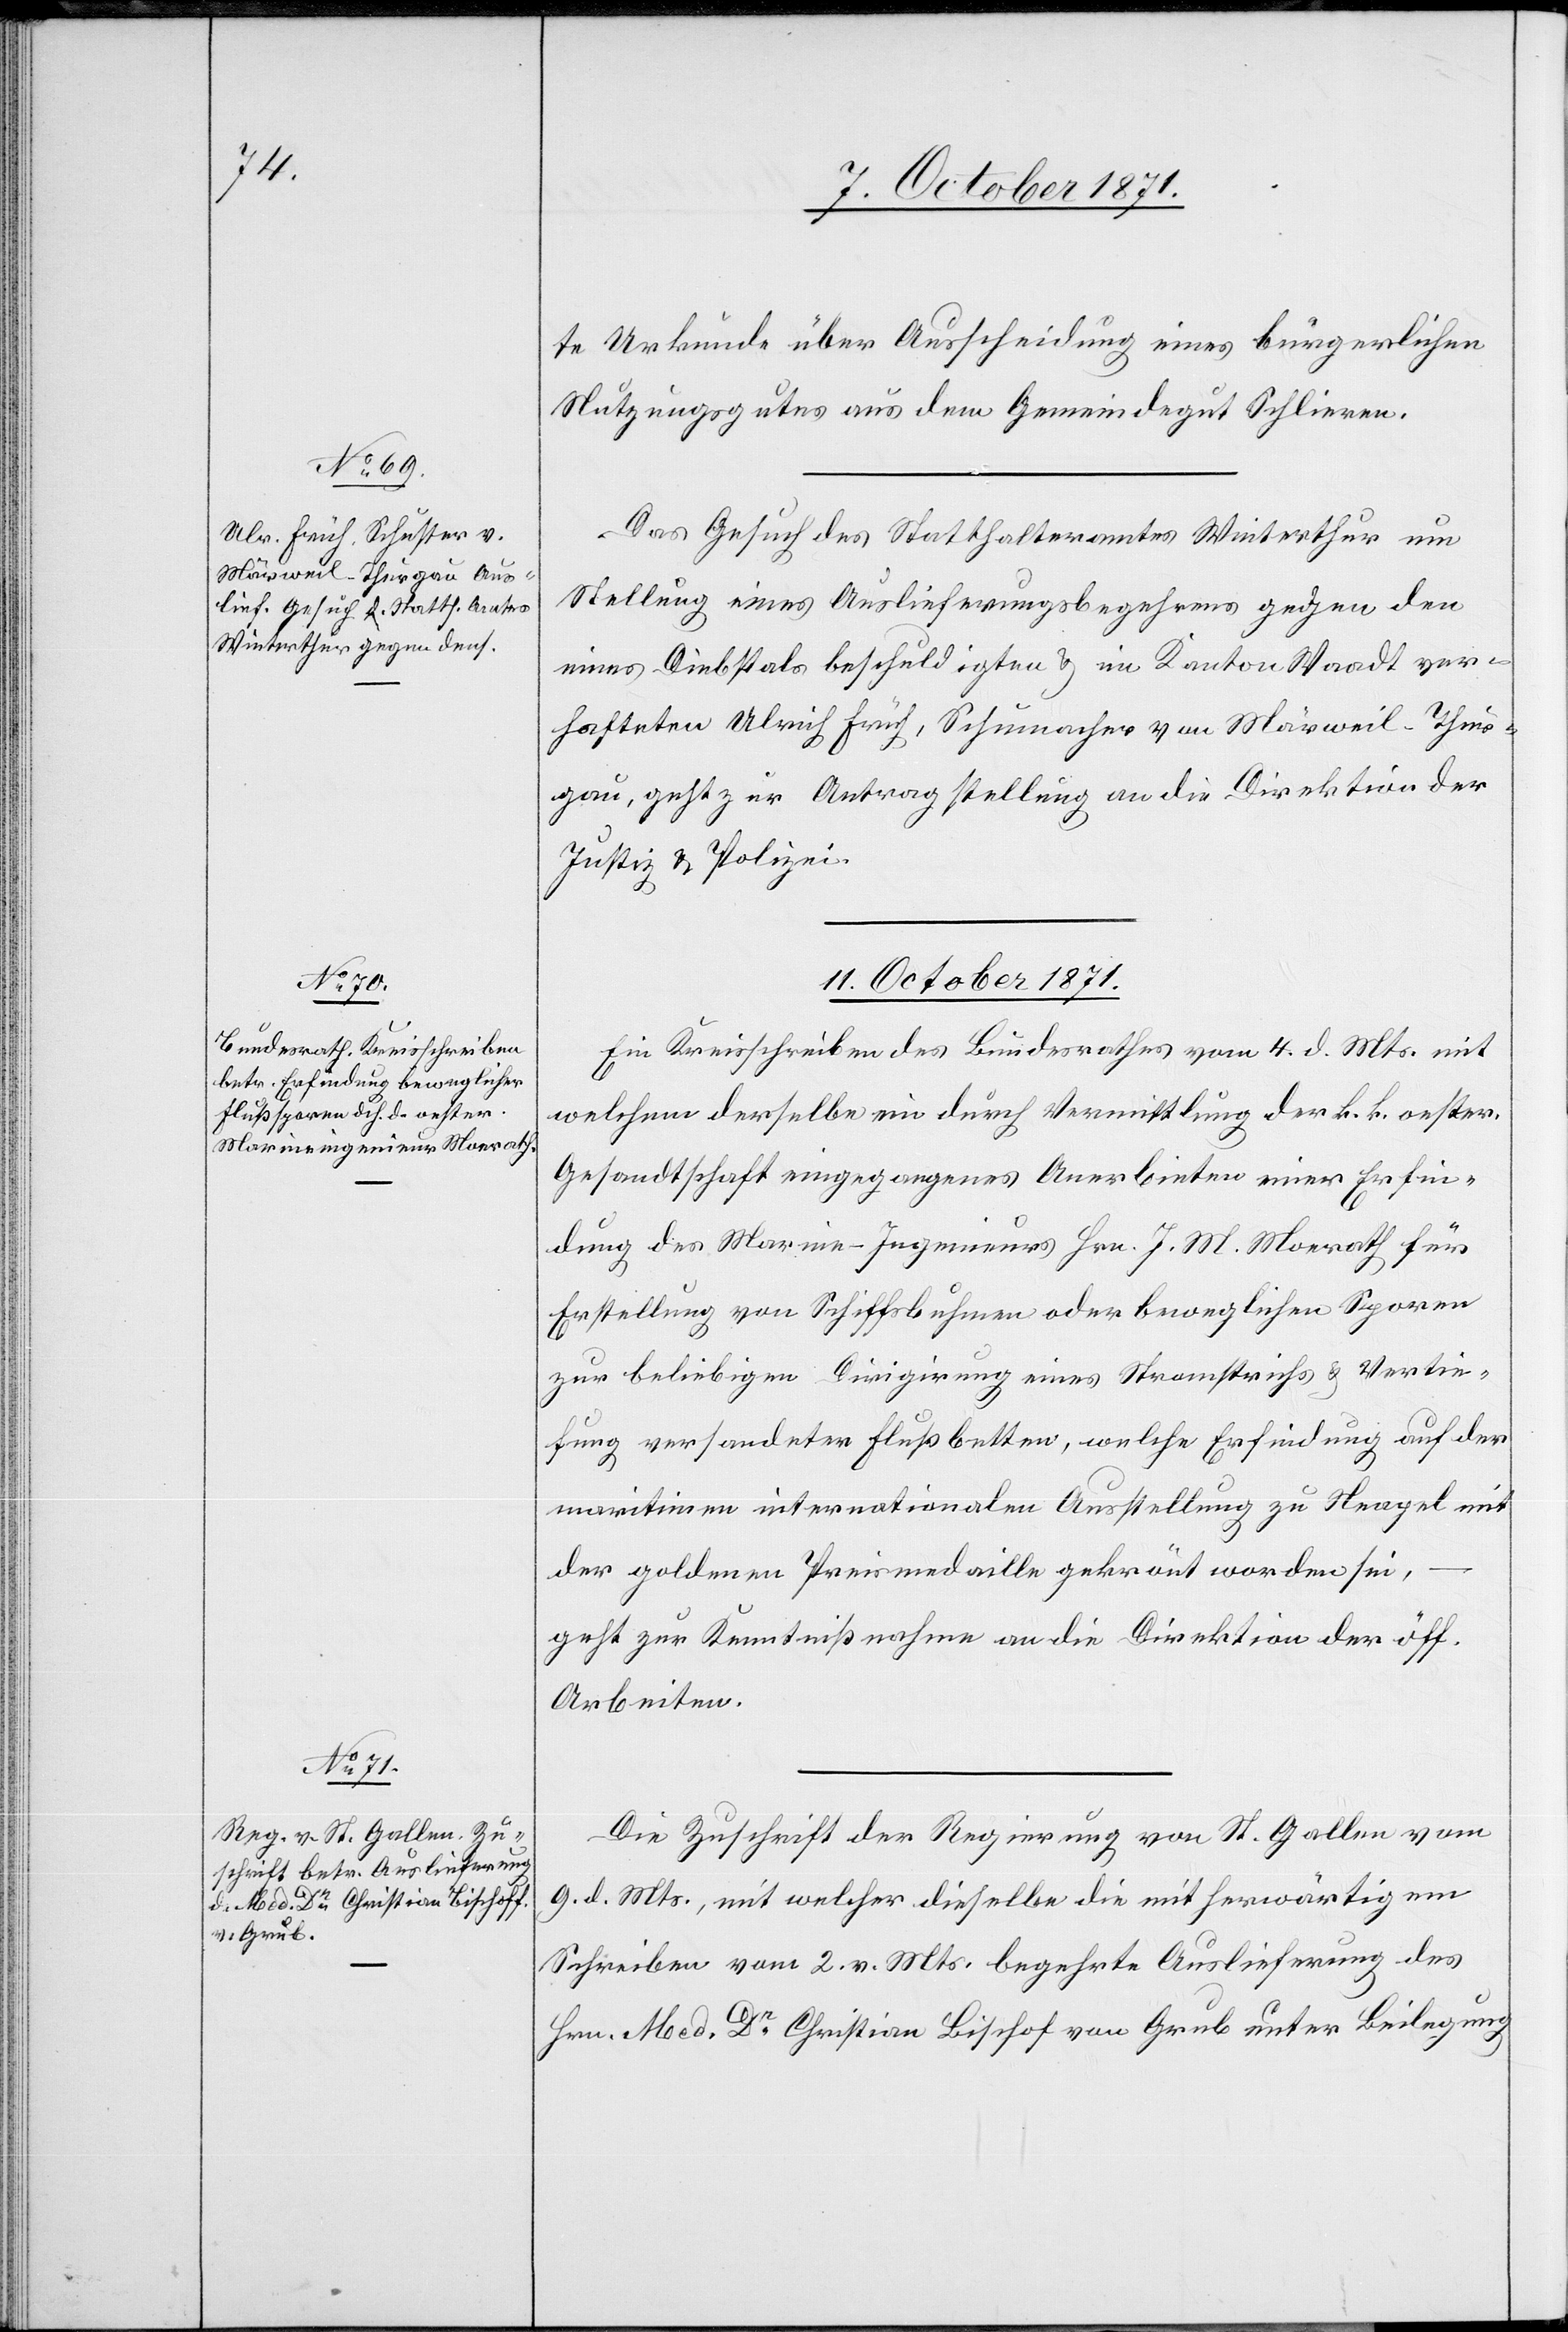
Hrn. Med. Dr Christian Bischof
von Grub

te Urkunde über Ausscheidung eines bürgerlichen
Nutzungsgutes aus dem Gemeindegut Schlieren.
Das Gesuch des Statthalteramtes Winterthur um
Stellung eines Auslieferungsbegehrens gegen den
eines Diebstals beschuldigten & im Kanton Waadt ver¬
hafteten Ulrich Früh, Schumacher von Märweil - Thur¬
gau, geht zur Antragstellung an die Direktion der
Justiz & Polizei.
11. October 1871.]
Ein Kreisschreiben des Bundesrathes vom 4. d. Mts. mit
welchem derselbe ein durch Vermittlung der k. k. oester.
Gesandtschaft eingegangenes Anerbieten einer Erfin¬
dung des Marine-Ingenieurs Hrn. J. M. Monrath für
Erstellung von Schiffsbuhnen oder beweglichen Sporne
zur beliebigen Dirigirung eines Stromstrichs & Vertie¬
fung versandeter Flussbetten, welche Erfindung auf der
maritimen internationalen Ausstellung zu Neapel mit
der goldenen Preismedaille gekrönt worden sei,
geht zur Kenntnißnahme an die Direktion der öff.
Arbeiten.
Die Zuschrift der Regierung von St. Gallen vom
9. d. Mts., mit welcher dieselbe die mit herwärtigem
Schreiben vom 2. v. Mts. begehrte Auslieferung des